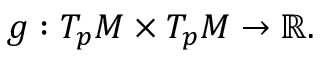
g : T _ { p } M \times T _ { p } M \to \mathbb { R } .